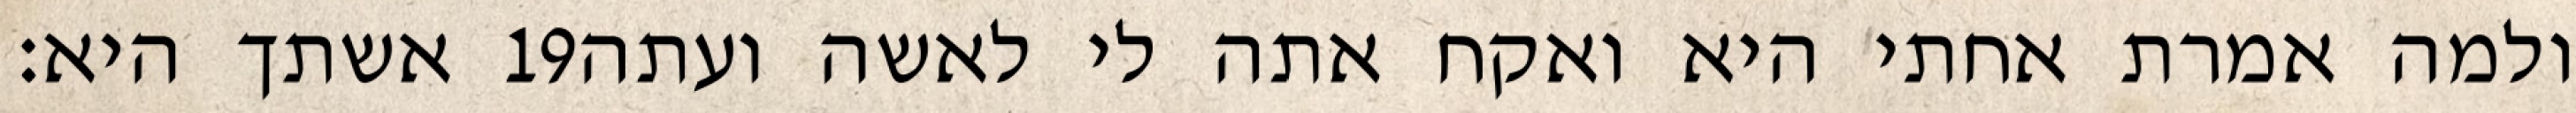
אשתך היא׃ ‎19‏ ולמה אמרת אחתי היא ואקח אתה לי לאשה ועתה